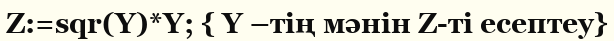
Z:=sqr(Y)*Y; { Y –тің мәнін Z-ті есептеу}